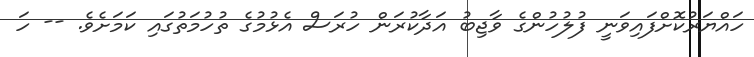
ހައްޔަރުކޮށްފައިވަނީ ފުލުހުންގެ ވާޖިބު އަދާކުރަން ހުރަސް އެޅުމުގެ ތުހުމަތުގައި ކަމަށެވެ. -- ހަ